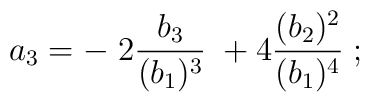
a_3 = -\; 2 {b_3 \over (b_1)^3}\; + 4 {(b_2)^2\over (b_1)^4}\;;